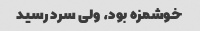
خوشمزه بود، ولی سرد رسید